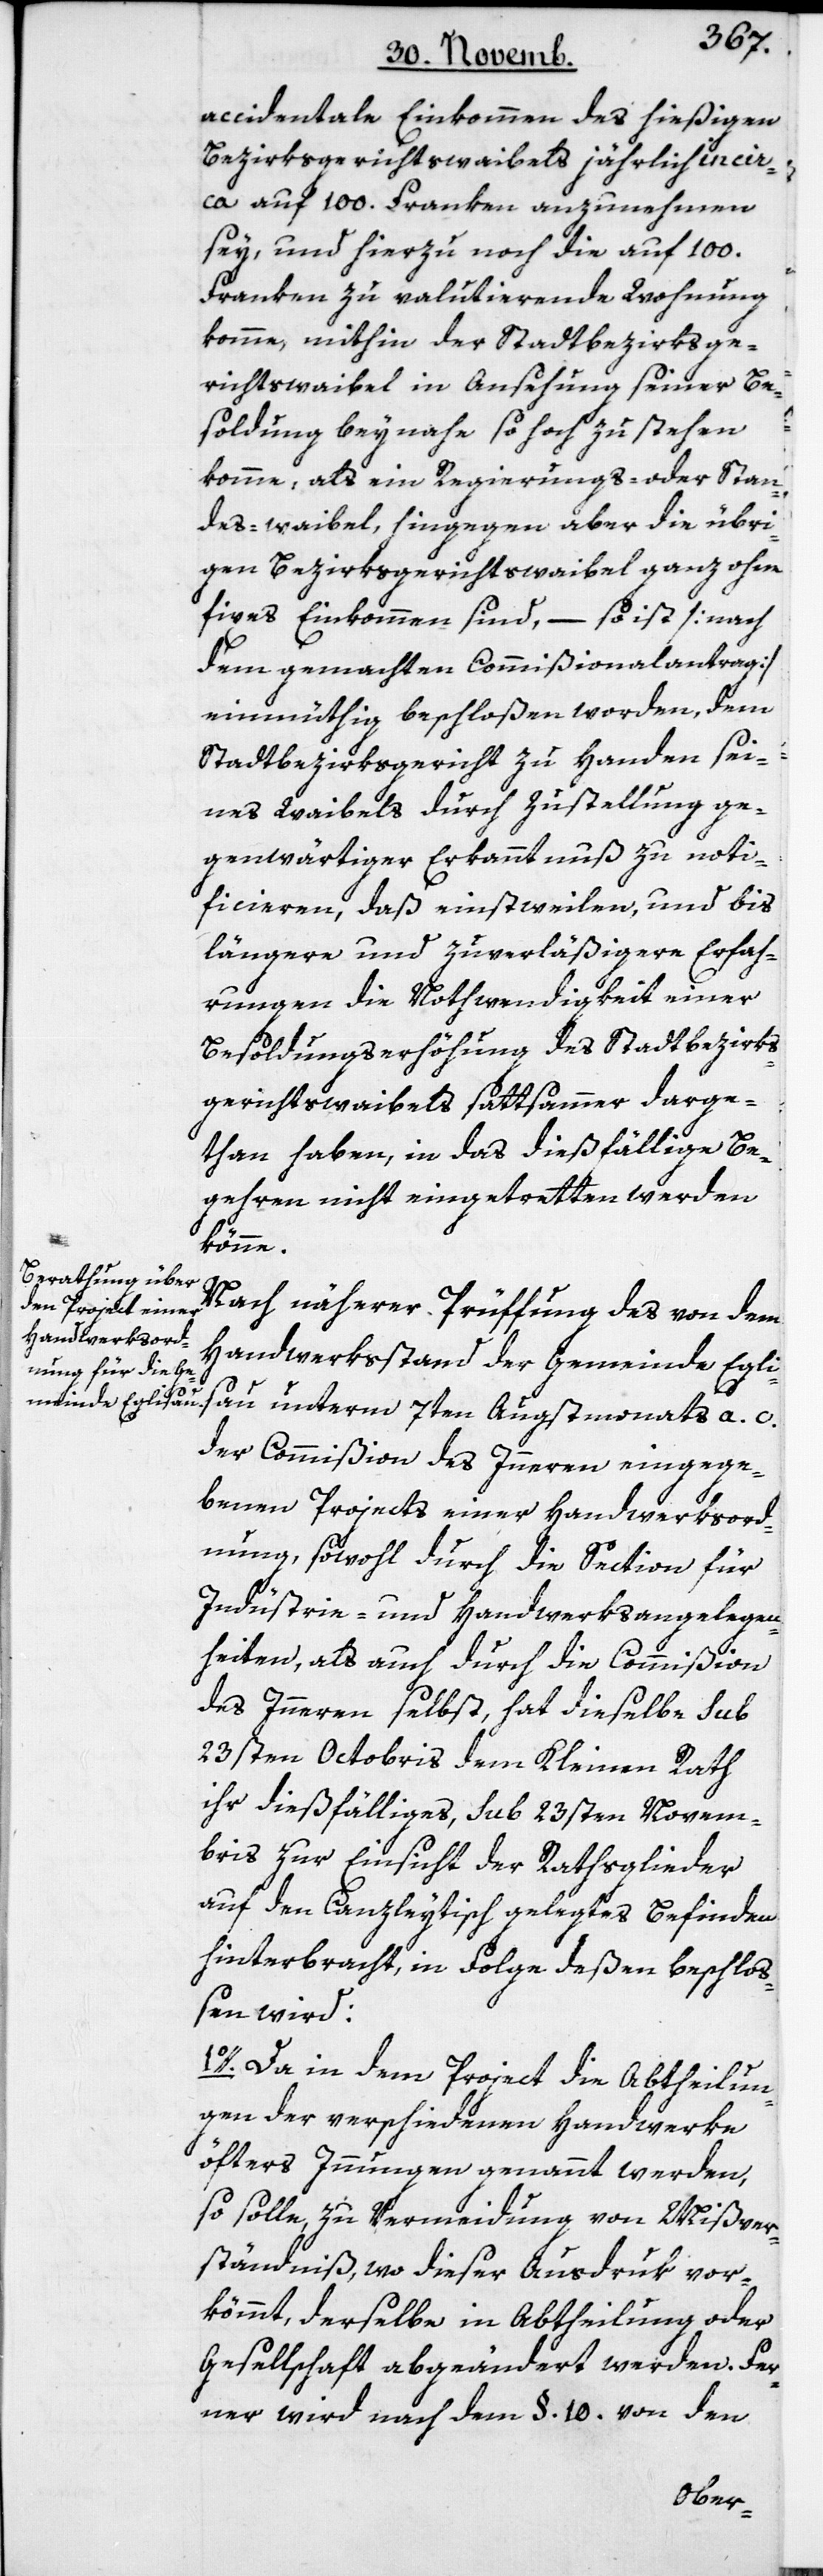
accidentale Einkommen des hießigen
Bezirksgerichtswaibels jährlich in cir¬
ca auf 100. Franken anzunehmen
sey, und hierzu noch die auf 100.
Franken zu valutierende Wohnung
komme, mithin der Stadtbezirksge¬
richtswaibel in Ansehung seiner Be¬
soldung beynahe so hoch zu stehen
komme, als ein Regierungs- oder Stan¬
des-waibel, hingegen aber die übri¬
gen Bezirksgerichtswaibel ganz ohne
fixes Einkommen sind, – so ist [nach
dem gemachten Commißionalantrag]
einmüthig beschloßen worden, dem
Stadtbezirksgericht zu Handen sei¬
nes Waibels durch Zustellung ge¬
genwärtiger Erkanntnuß zu noti¬
ficieren, daß einstweilen und bis
längere und zuverläßigere Erfah¬
rungen die Nothwendigkeit einer
Besoldungserhöhung des Stadtbezirks¬
gerichtswaibels sattsammer darge¬
than haben, in das dießfällige Be¬
gehren nicht eingetretten werden
könne.
Nach näherer Prüffung des von dem
Handwerksstand der Gemeinde Egli¬
sau unterm 7ten Augstmonats a. c.
der Commißion des Innern eingege¬
bene Projects einer Handwerksord¬
nung, sowohl durch die Section für
Industrie- und Handwerksangelegen¬
heiten, als auch durch die Commißion
des Innern selbst, hat dieselbe sub
23sten Octobris dem Kleinen Rath
ihr dießfälliges, sub 23sten Novem¬
bris zur Einsicht der Rathsglieder
auf den Canzleytisch gelegtes Befinden
hinterbracht, in Folge deßen beschloß¬
en wird:
1o. Da in dem Project die Abtheilun¬
gen der verschiedenen Handwerke
öfters Innungen genannt werden,
so solle zu Vermeidung von Mißver¬
ständniß, wo dieser Ausdruk vor¬
kömmt, derselbe in Abtheilung oder
Gesellschaft abgeändert werden. Fer¬
ner wird nach dem §. 10. von den